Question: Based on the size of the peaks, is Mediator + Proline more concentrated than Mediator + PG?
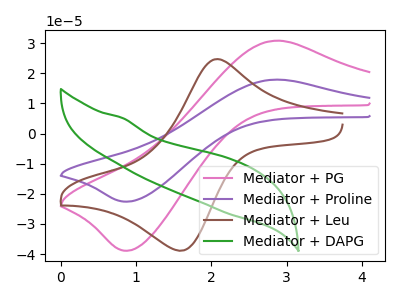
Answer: <think>The pink curve "Mediator + PG" has an anodic peak at (2.90V, 30.85uA) and a cathodic peak at (0.90V, -38.90uA). The purple curve "Mediator + Proline" has an anodic peak at (2.90V, 17.90uA) and a cathodic peak at (0.90V, -22.60uA). The brown curve "Mediator + Leu" has an anodic peak at (2.05V, 24.70uA) and a cathodic peak at (1.60V, -38.80uA). The green curve "Mediator + DAPG" has no peaks.
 All the peaks in "Mediator + PG" have a peak in "Mediator + Proline" at the same potential. Every peak in "Mediator + PG" is higher than every peak in "Mediator + Proline".</think>
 <answer>"Mediator + PG" has more signal than "Mediator + Proline" and so likely has a higher concentration.</answer>
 <eval>more_concentration</eval>